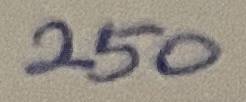
Text: 250